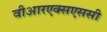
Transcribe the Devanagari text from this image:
वीआरएक्सएससी